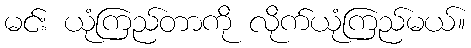
မင်း ယုံကြည်တာကို လိုက်ယုံကြည်မယ်။